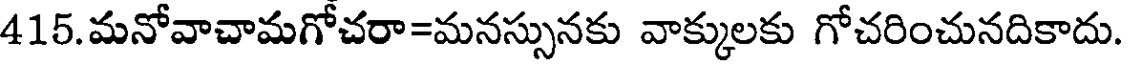
415.మనోవాచామగోచరా=మనస్సునకు వాక్కులకు గోచరించునదికాదు.